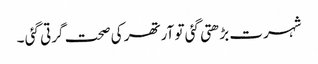
شہرت بڑھتی گئی تو آرتھر کی صحت گرتی گئی ۔